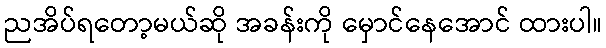
ညအိပ်ရတော့မယ်ဆို အခန်းကို မှောင်နေအောင် ထားပါ။